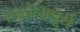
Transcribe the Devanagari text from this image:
स्वनेनापूर्य